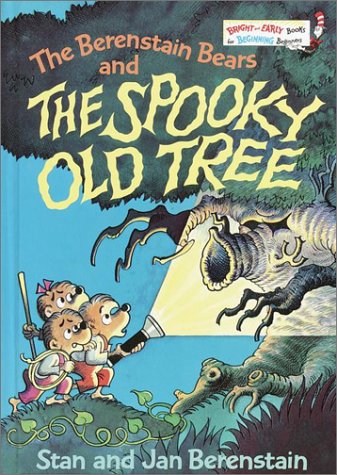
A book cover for The Berenstain Bears and the Spooky Old Tree; Stan Berenstain; Children's Books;